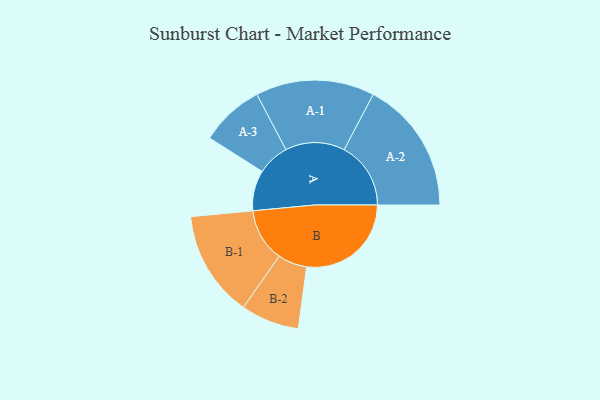
{"axis": {"x": "Segment", "y": "Value"}, "legend": ["", "A", "B"], "data": [{"x": "A", "y": 162, "type": ""}, {"x": "B", "y": 419, "type": ""}, {"x": "A-1", "y": 238, "type": "A"}, {"x": "A-2", "y": 267, "type": "A"}, {"x": "A-3", "y": 128, "type": "A"}, {"x": "B-1", "y": 213, "type": "B"}, {"x": "B-2", "y": 117, "type": "B"}]}